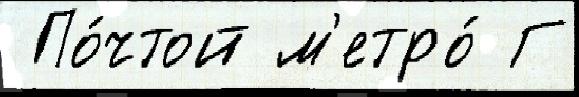
 По́чтой м'етро́ Г